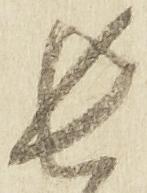
長